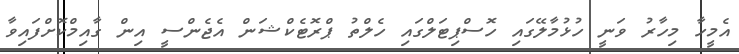
އެމީހާ މިހާރު ވަނީ ހުޅުމާލޭގައި ހޮސްޕިޓަލްގައި ހެލްތު ޕްރޮޓެކްޝަން އެޖެންްސީ އިން ގާއިމްކޮށްފައިވާ